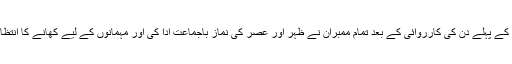
جلسہ کے پہلے دن کی کارروائی کے بعد تمام ممبران نے ظہر اور عصر کی نماز باجماعت ادا کی اور مہمانوں کے لیے کھانے کا انتظام تھا۔